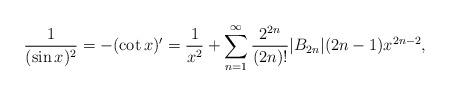
LaTeX: \begin{align*}\frac{1}{(\sin x)^2}=-(\cot x)'=\frac{1}{x^2}+\sum_{n=1}^\infty\frac{2^{2n}}{(2n)!}|B_{2n}|(2n-1)x^{2n-2},\end{align*}